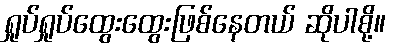
ရှုပ်ရှုပ်ထွေးထွေးဖြစ်နေတယ် ဆိုပါစို့။